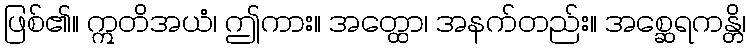
ဖြစ်၏။ ဣတိအယံ၊ ဤကား။ အတ္ထော၊ အနက်တည်း။ အစ္ဆေရကန္တိ၊